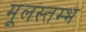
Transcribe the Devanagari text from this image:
मूलस्तम्भ